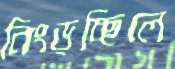
নিংড়চ্ছিলে